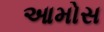
આમોસ